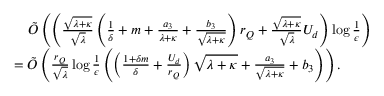
\begin{array} { r l } & { \quad { \tilde { \cal O } } \left( \left( \frac { \sqrt { \lambda + \kappa } } { \sqrt { \lambda } } \left( \frac { 1 } { \delta } + m + \frac { a _ { 3 } } { \lambda + \kappa } + \frac { b _ { 3 } } { \sqrt { \lambda + \kappa } } \right) r _ { Q } + \frac { \sqrt { \lambda + \kappa } } { \sqrt { \lambda } } U _ { d } \right) \log \frac { 1 } { \epsilon } \right) } \\ & { = { \tilde { \cal O } } \left( \frac { r _ { Q } } { \sqrt { \lambda } } \log \frac { 1 } { \epsilon } \left( \left( \frac { 1 + \delta m } { \delta } + \frac { U _ { d } } { r _ { Q } } \right) \sqrt { \lambda + \kappa } + \frac { a _ { 3 } } { \sqrt { \lambda + \kappa } } + b _ { 3 } \right) \right) . } \end{array}